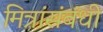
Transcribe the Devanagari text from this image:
मित्रांसंबंधी